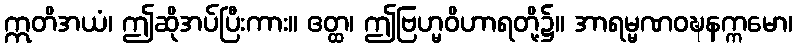
ဣတိအယံ၊ ဤဆိုအပ်ပြီးကား။ ဧတ္ထ၊ ဤဗြဟ္မဝိဟာရတို့၌။ အာရမ္မဏဝဍ္ဎနက္ကမော၊